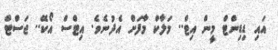
އައި ޑިޑިންޓް މީން އިޓް.. މަލާކް މާފަށް އެދުނެވެ. އިޓްސް އޯކޭ.. ޖަސްޓް